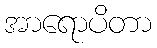
အာရောပိတာ